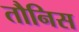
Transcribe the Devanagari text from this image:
तौनिस